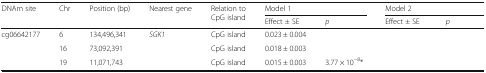
<table><thead><tr><td rowspan="2"><b>DNAm site</b></td><td rowspan="2"><b>Chr</b></td><td rowspan="2"><b>Position (bp)</b></td><td rowspan="2"><b>Nearest gene</b></td><td rowspan="2"><b>Relation to CpG island</b></td><td colspan="2"><b>Model 1</b></td><td colspan="2"><b>Model 2</b></td></tr><tr><td><b>Effect ± SE</b></td><td><b><i>p</i></b></td><td><b>Effect ± SE</b></td><td><b><i>p</i></b></td></tr></thead><tbody><tr><td>cg06642177</td><td>6</td><td>134,496,341</td><td><i>SGK1</i></td><td>CpG island</td><td>0.023 ± 0.004</td><td>[EMPTY_CELL]</td><td>[EMPTY_CELL]</td><td>[EMPTY_CELL]</td></tr><tr><td>[EMPTY_CELL]</td><td>16</td><td>73,092,391</td><td>[EMPTY_CELL]</td><td>CpG island</td><td>0.018 ± 0.003</td><td>[EMPTY_CELL]</td><td>[EMPTY_CELL]</td><td>[EMPTY_CELL]</td></tr><tr><td>[EMPTY_CELL]</td><td>19</td><td>11,071,743</td><td>[EMPTY_CELL]</td><td>CpG island</td><td>0.015 ± 0.003</td><td>3.77 × 10<sup>−8</sup>*</td><td>[EMPTY_CELL]</td><td>[EMPTY_CELL]</td></tr></tbody></table>